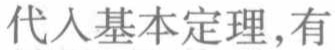
代入基本定理,有